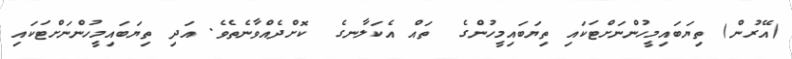
(އޭރުން) ތިޔަބައިމީހުންނަށްޓަކައި ތިޔަބައިމީހުންގެ  ތައް އެކަލާނގެ  ކޮށްދެއްވާނެތެވެ. އަދި ތިޔަބައިމީހުންނަށްޓަކައި